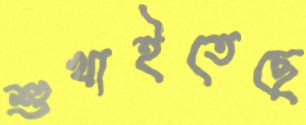
শুখাইতেছে